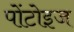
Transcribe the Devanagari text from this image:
पोंटोइज